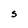
Character: S